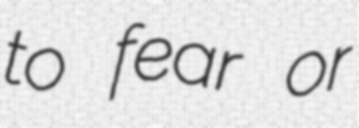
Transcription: to fear or